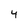
Character: 4